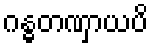
ဂန္ဓတဏှာယပိ